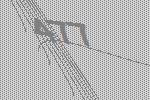
477